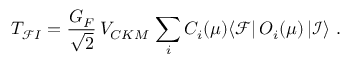
T _ { \mathcal F I } = \frac { G _ { F } } { \sqrt { 2 } } \, V _ { C K M } \, \sum _ { i } C _ { i } ( \mu ) \langle \mathcal { F } | \, O _ { i } ( \mu ) \, | \mathcal { I } \rangle \ .